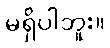
မရှိပါဘူး။